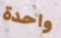
واحدة